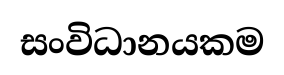
සංවිධානයකම